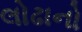
લોઢાનો